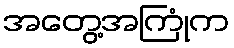
အတွေ့အကြုံက